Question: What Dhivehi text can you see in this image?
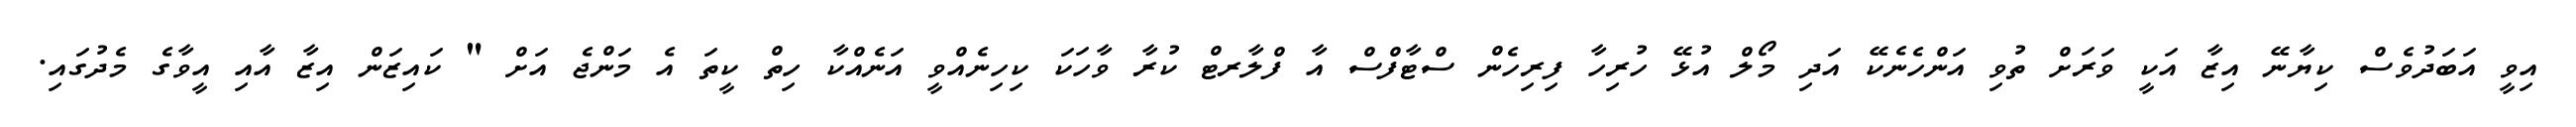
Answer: އިވީ އަބަދުވެސް ކިޔާނޭ އިޒާ އަކީ ވަރަށް ތުވި އަންހެނެކޭ އަދި މޯލް އުޅޭ ހުރިހާ ފިރިހެން ސްޓާފްސް އާ ފްލާރޓް ކުރާ ވާހަކަ ކިހިނެއްވީ އަނެއްކާ ހިތް ކީތަ އެ މަންޖެ އަށް " ކައިޒަން އިޒާ އާއި އީވާގެ މެދުގައި.